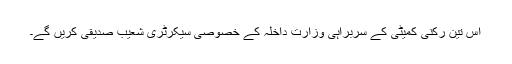
اس تین رکنی کمیٹی کے سربراہی وزارت داخلہ کے خصوصی سیکرٹری شعیب صدیقی کریں گے۔